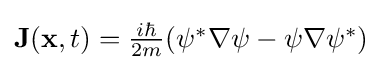
{\textstyle \mathbf {J} (\mathbf {x} ,t)={\frac {i\hbar }{2m}}(\psi ^{*}\nabla \psi -\psi \nabla \psi ^{*})}